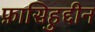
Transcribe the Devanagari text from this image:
फ़ासिहुद्दीन